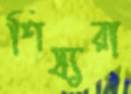
শিষ্যরা